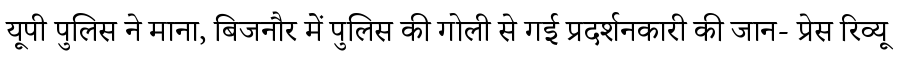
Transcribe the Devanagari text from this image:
यूपी पुलिस ने माना, बिजनौर में पुलिस की गोली से गई प्रदर्शनकारी की जान- प्रेस रिव्यू